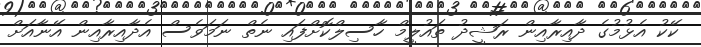
ކޭކު އެޅުމުގެ ދާއިރާއިން ރަޝީދު ތައުލީމް ހާސިލްކޮށްފައި ނެތް ނަމަވެސް އެދާއިރާއިން އޭނާއަށް